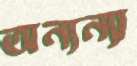
অন্যন্যা